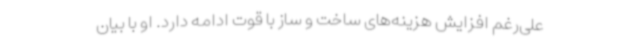
علی‌رغم افزایش هزینه‌های ساخت و ساز با قوت ادامه دارد. او با بیان